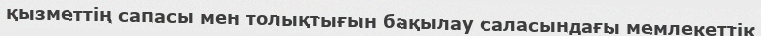
қызметтің сапасы мен толықтығын бақылау саласындағы мемлекеттік